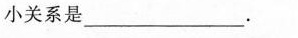
小关系是___.